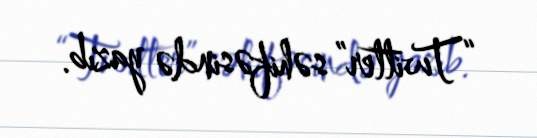
“Twitter” səhifəsində yazıb.